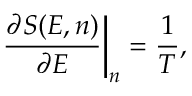
\left. \frac { \partial S ( E , n ) } { \partial E } \right| _ { n } = \frac 1 { T } ,